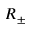
R _ { \pm }